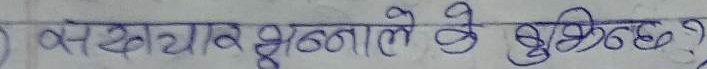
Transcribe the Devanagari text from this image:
भ्रष्टाचारले के वृद्धिन्छ ?